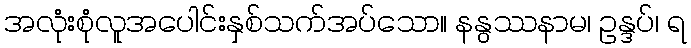
အလုံးစုံလူအပေါင်းနှစ်သက်အပ်သော။ နနွဿနာမ၊ ဥန္ဒပ်၊ ရ